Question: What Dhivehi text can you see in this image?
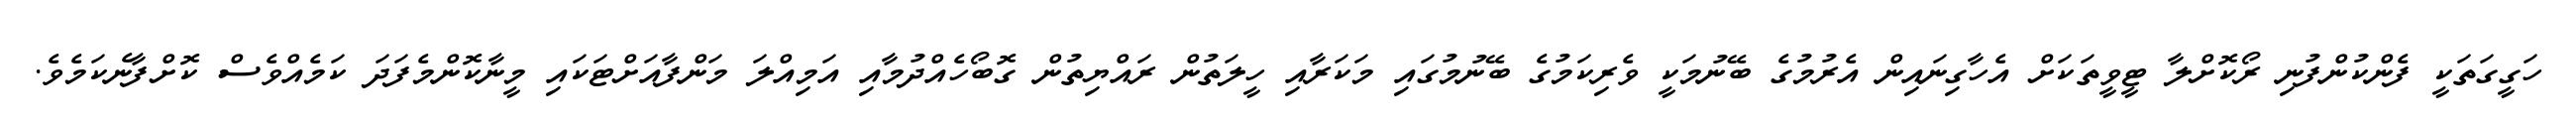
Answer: ހަގީގަތަކީ ފެންކުންފުނި ރޯކޮށްލާ ޓީވީތަކަށް އެހާގިނައިން އެރުމުގެ ބޭނުމަކީ ވެރިކަމުގެ ބޭނުމުގައި މަކަރާއި ހީލަތުން ރައްޔިތުން ގޮބޯހެއްދުމާއި އަމިއްލަ މަންފާއަށްޓަކައި މީނާކޮންމެފަދަ ކަމެއްވެސް ކޮށްފާނެކަމެވެ.